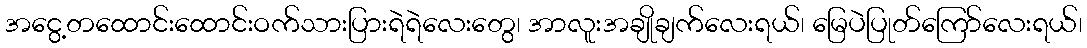
အငွေ့တထောင်းထောင်းဝက်သားပြားရဲရဲလေးတွေ၊ အာလူးအချိုချက်လေးရယ်၊ မြေပဲပြုတ်ကြော်လေးရယ်၊